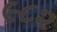
૯૮૨